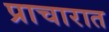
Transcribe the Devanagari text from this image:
प्राचारात